Rangoon Lunatic Asylum 1893-1897 - 1893-1897
Year: 1893
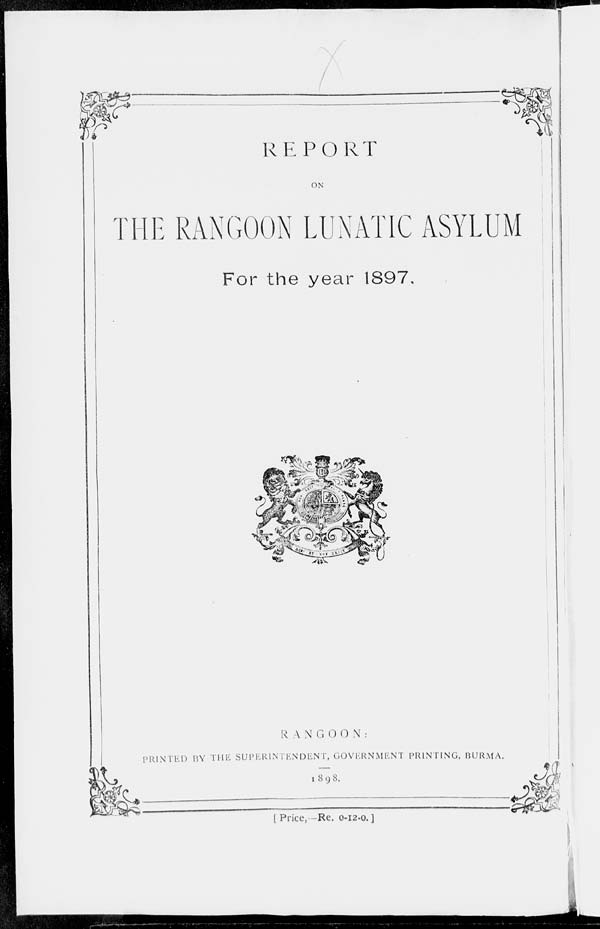
REPORT
ON
THE RANGOON LUNATIC ASYLUM
For the year 1897.
RANGOON :
PRINTED
BY THE SUPERINTENDENT,
GOVERNMENT PRINTING, BURMA.
1898.
[Price, — Re. 0-12-0.]